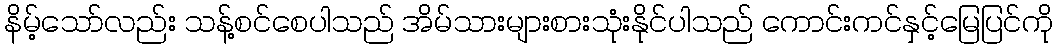
နိမ့်သော်လည်း သန့်စင်စေပါသည် အိမ်သားများစားသုံးနိုင်ပါသည် ကောင်းကင်နှင့်မြေပြင်ကို